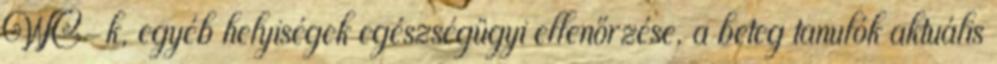
WC-k, egyéb helyiségek egészségügyi ellenőrzése, a beteg tanulók aktuális